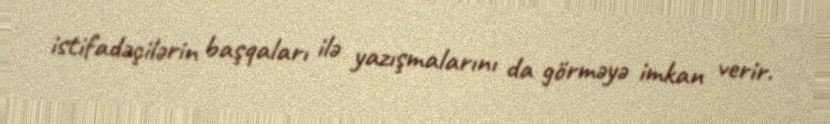
istifadəçilərin başqaları ilə yazışmalarını da görməyə imkan verir.